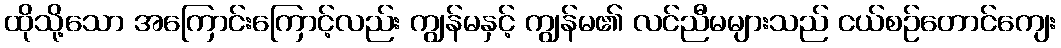
ထိုသို့သော အကြောင်းကြောင့်လည်း ကျွန်မနှင့် ကျွန်မ၏ လင်ညီမများသည် ငယ်စဉ်တောင်ကျေး